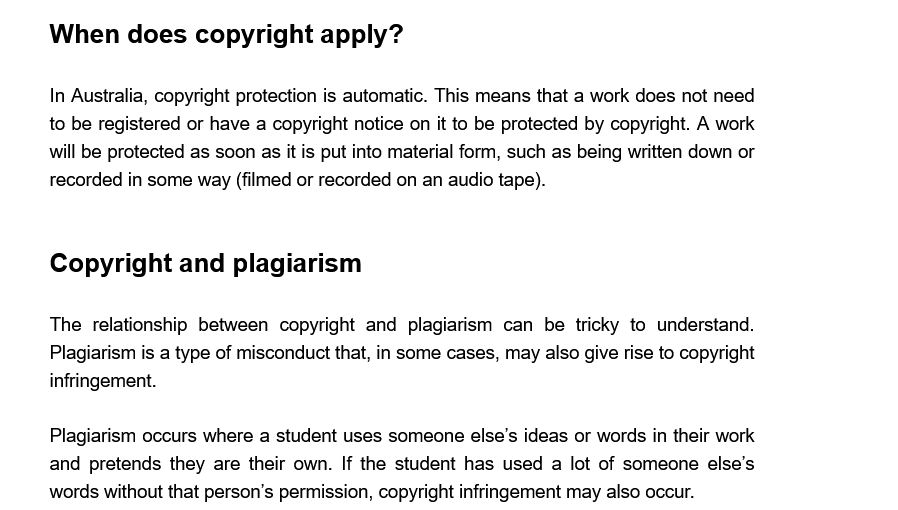
When does   copyright    apply?
     In Australia, copyright protection is automatic. This means that a work does not need
     to be registered or have a copyright notice on it to be protected by copyright. A work
     will be protected as soon as it is put into material form, such as being written down or
     recorded in some way (filmed or recorded on an audio tape).
     Copyright    and  plagiarism
     The relationship between copyright and plagiarism can be tricky to understand.
     Plagiarism is a type of misconduct that, in some cases, may also give rise to copyright
     infringement.
     Plagiarism occurs where a student uses someone else's ideas or words in their work
     and pretends they are their own. If the student has used a lot of someone else's
     words without that person's permission, copyright infringement may also occur.